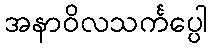
အနာဝိလသင်္ကပ္ပေါ